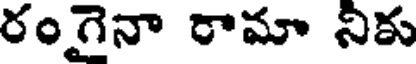
రంగైనా రామా నికు